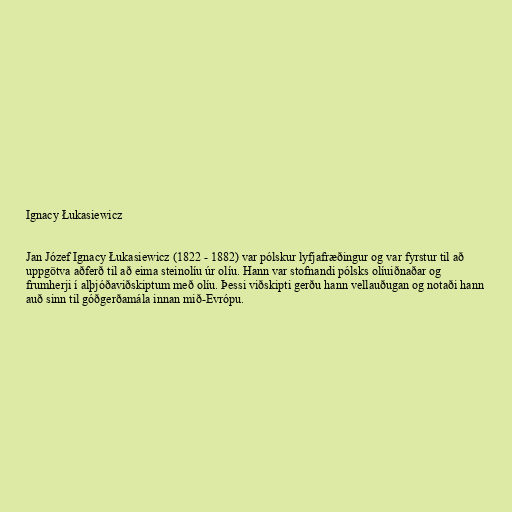
Ignacy Łukasiewicz

Jan Józef Ignacy Łukasiewicz (1822 - 1882) var pólskur lyfjafræðingur og var fyrstur til að
uppgötva aðferð til að eima steinolíu úr olíu. Hann var stofnandi pólsks olíuiðnaðar og
frumherji í alþjóðaviðskiptum með olíu. Þessi viðskipti gerðu hann vellauðugan og notaði hann
auð sinn til góðgerðamála innan mið-Evrópu.